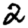
Digit: 2